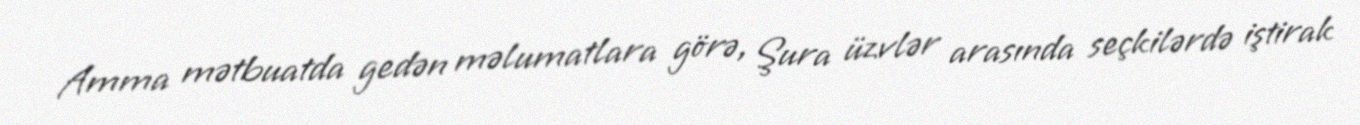
Amma mətbuatda gedən məlumatlara görə, Şura üzvlər arasında seçkilərdə iştirak